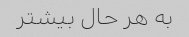
به هر حال بیشتر